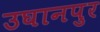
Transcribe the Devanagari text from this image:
उघानपुर